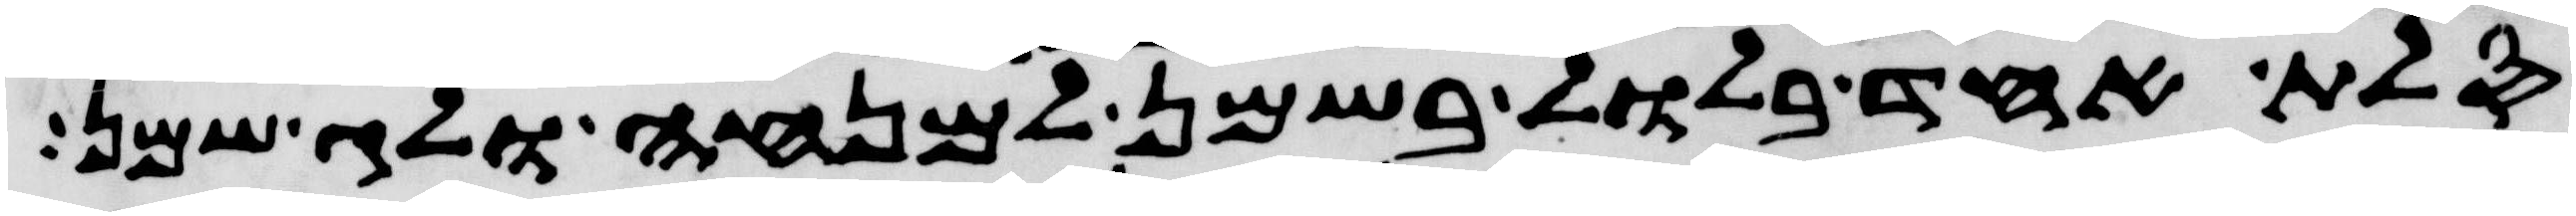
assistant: סלת אחד בלול בשמן למנחה ולג שמן